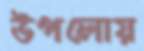
উপলোয়